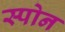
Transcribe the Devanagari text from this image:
स्पोन